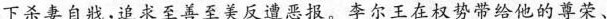
下杀妻自，求至善至美反遭恶报。李尔王在权势带给他的尊荣、